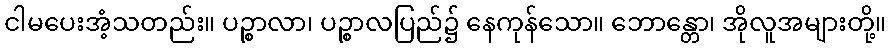
ငါမပေးအံ့သတည်း။ ပဉ္စာလာ၊ ပဉ္စာလပြည်၌ နေကုန်သော။ ဘောန္တော၊ အိုလူအများတို့။